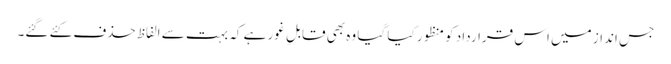
جس انداز میں اس قرارداد کو منظور کیا گیا وہ بھی قابلِ غور ہے کہ بہت سے الفاظ حذف کئے گئے۔